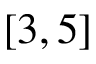
[ 3 , 5 ]